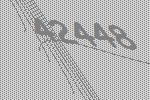
42448